Problem: 3 × 2 = ?
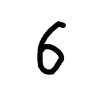
Handwritten answer: 6